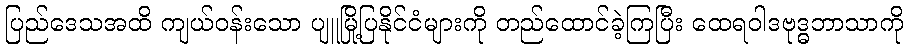
ပြည်ဒေသအထိ ကျယ်ဝန်းသော ပျူမြို့ပြနိုင်ငံများကို တည်ထောင်ခဲ့ကြပြီး ထေရဝါဒဗုဒ္ဓဘာသာကို